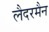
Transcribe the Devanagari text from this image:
लैदरमैन